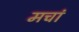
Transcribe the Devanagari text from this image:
मचां